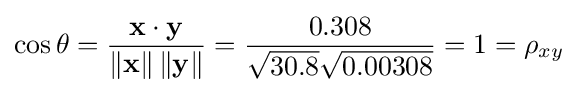
\cos \theta ={\frac {\mathbf {x} \cdot \mathbf {y} }{\left\|\mathbf {x} \right\|\left\|\mathbf {y} \right\|}}={\frac {0.308}{{\sqrt {30.8}}{\sqrt {0.00308}}}}=1=\rho _{xy}